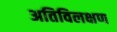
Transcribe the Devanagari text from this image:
अतिविलक्षण